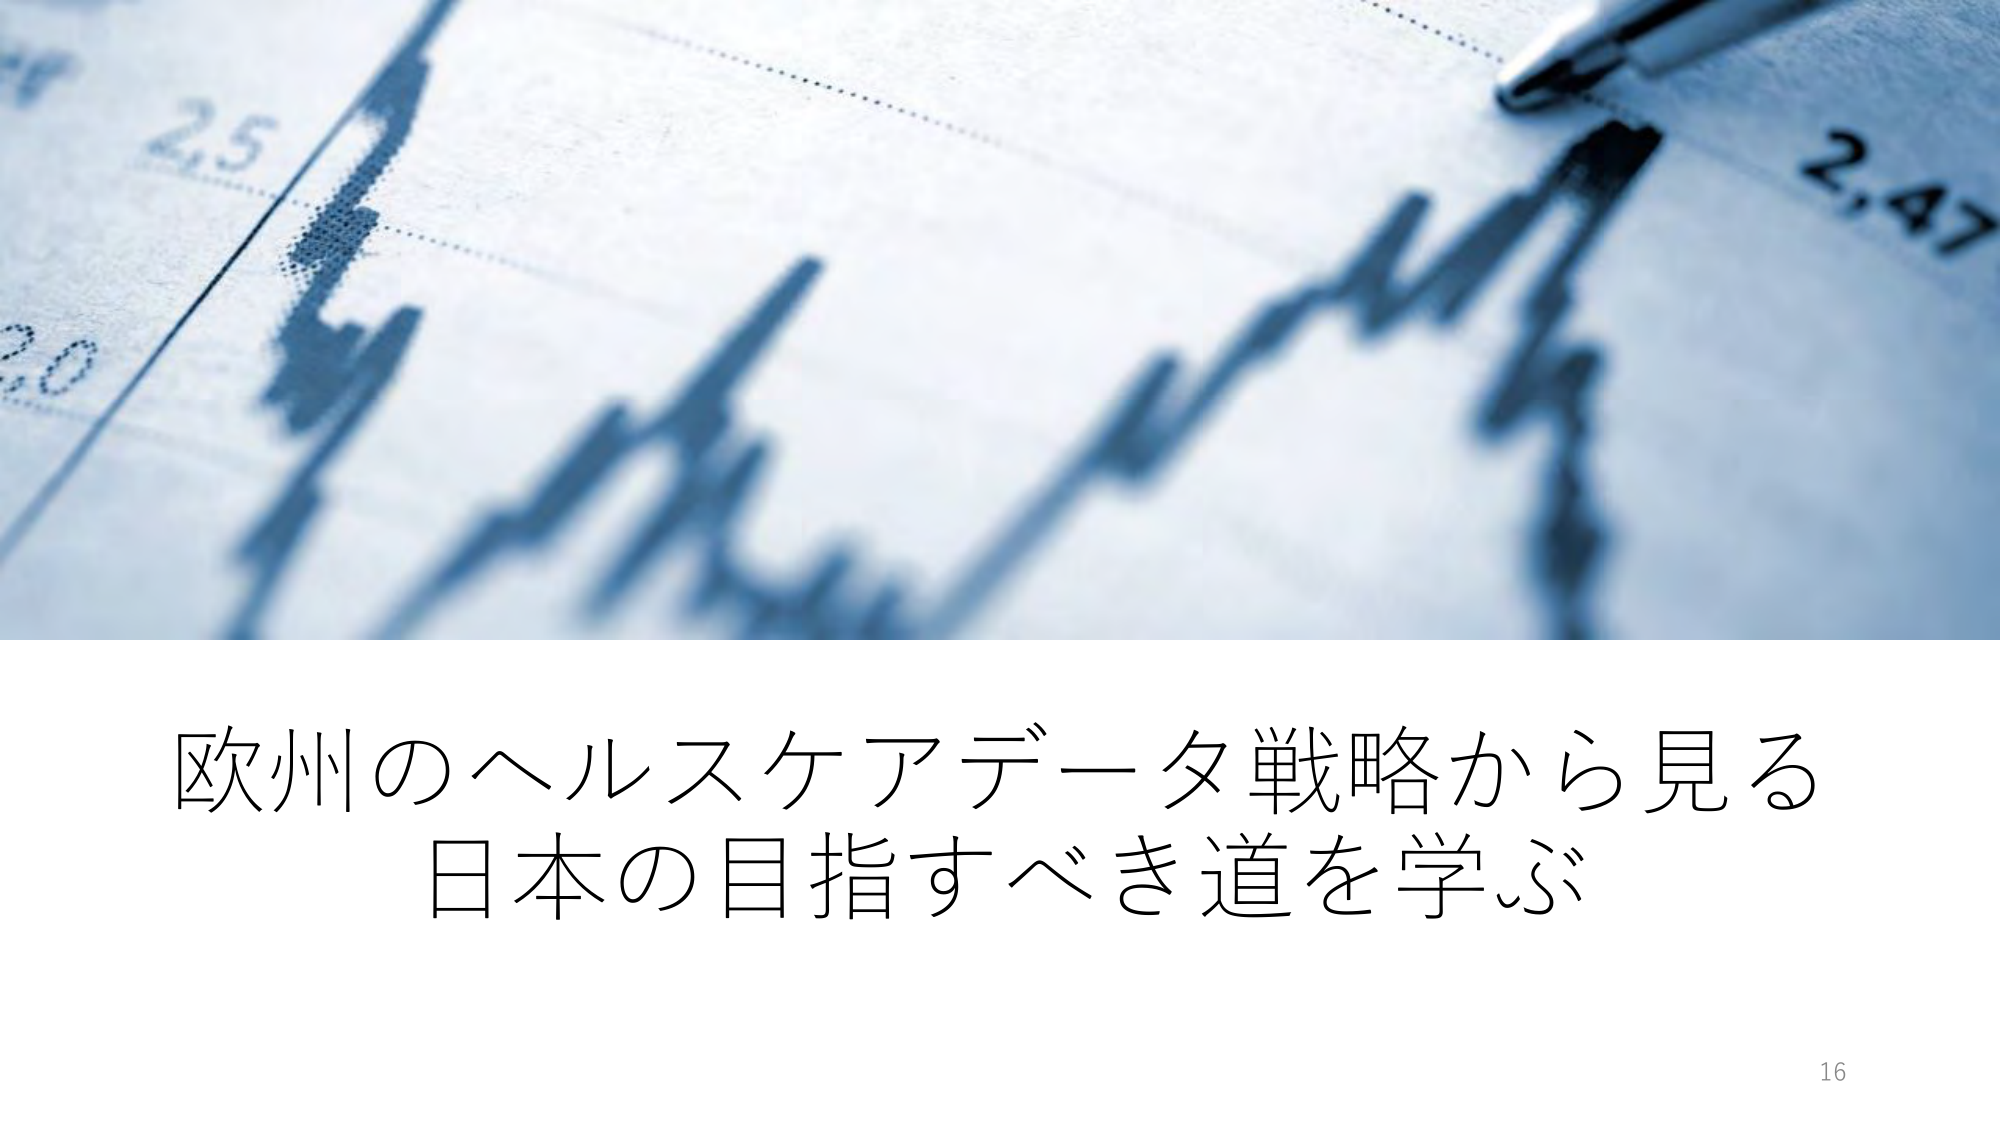
2,5
2,0
2,47
欧州のヘルスケアデータ戦略から見る
日本の目指すべき道を学ぶ
16